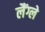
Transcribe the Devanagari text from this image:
लैंग्ले